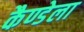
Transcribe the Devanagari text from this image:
कैण्डेला